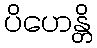
ပိဟေန္တိ